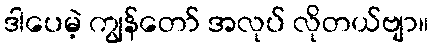
ဒါပေမဲ့ ကျွန်တော် အလုပ် လိုတယ်ဗျာ။